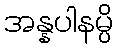
အန္နပါနမ္ပိ